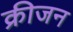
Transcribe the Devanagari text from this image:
क्रीजन